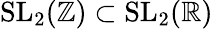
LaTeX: \mathrm{SL}_{2}(\mathbb{Z})\subset\mathrm{SL}_{2}(\mathbb{R})